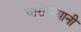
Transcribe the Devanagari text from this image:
चारोळ्यानी